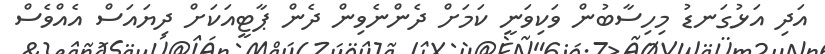
އަދި އަޅުގަނޑު މިހިސާބުން ވަކިވަނީ ކަމަށް ދެންނެވިން ދެން ޕާޓީއަކަށް ދިޔައަސް އެއްވެސް